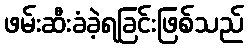
ဖမ်းဆီးခံခဲ့ရခြင်းဖြစ်သည်